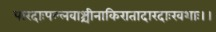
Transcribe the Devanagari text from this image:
पारदाःपल्लवाश्चीनाकिरातादारदाःखशाः।।